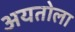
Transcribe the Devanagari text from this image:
अयतोला